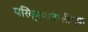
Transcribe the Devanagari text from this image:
परिक्रमावासींच्या